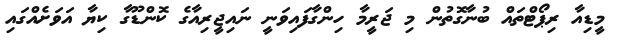
މީޑިއާ ރިޕޯޓްތައް ބުނާގޮތުން މި ޖަރީމާ ހިންގާފައިވަނީ ނައިޖީރިއާގެ ކޮންޑޫގާ ކިޔާ އަވަށެއްގައި